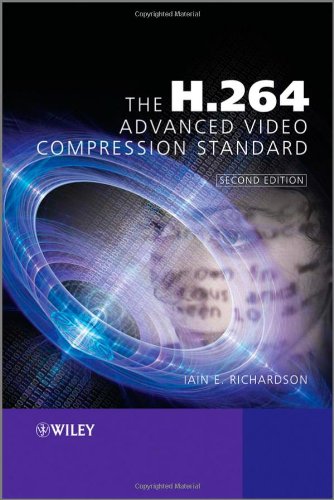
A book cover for The H.264 Advanced Video Compression Standard; Iain E. Richardson; Science & Math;